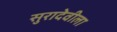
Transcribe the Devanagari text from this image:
सुरादेवीला